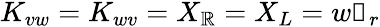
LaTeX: K_{vw}=K_{wv}=X_{\mathbb{R}}=X_{L}=w\mathbb{{1}}_{r}